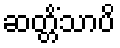
ဆတ္တိံသာပိ